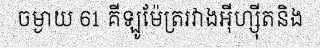
ចម្ងាយ 61 គីឡូម៉ែត្ររវាងអ៊ីហ្ស៊ីតនិង